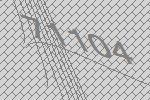
71104